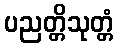
ပညတ္တိသုတ္တံ